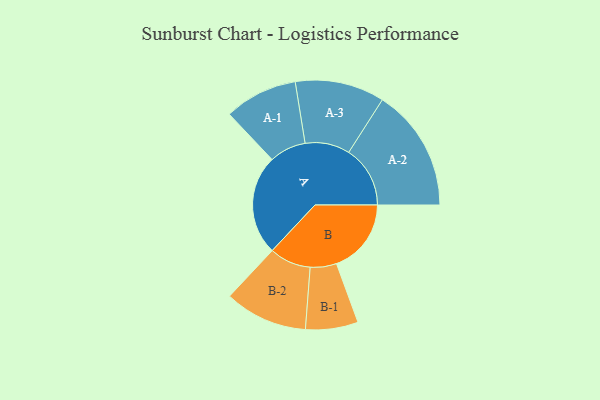
{"axis": {"x": "Segment", "y": "Value"}, "legend": ["", "A", "B"], "data": [{"x": "A", "y": 472, "type": ""}, {"x": "B", "y": 353, "type": ""}, {"x": "A-1", "y": 173, "type": "A"}, {"x": "A-2", "y": 290, "type": "A"}, {"x": "A-3", "y": 211, "type": "A"}, {"x": "B-1", "y": 124, "type": "B"}, {"x": "B-2", "y": 196, "type": "B"}]}